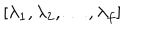
[ \lambda _ { 1 } , \lambda _ { 2 } , \ldots , \lambda _ { f } ]